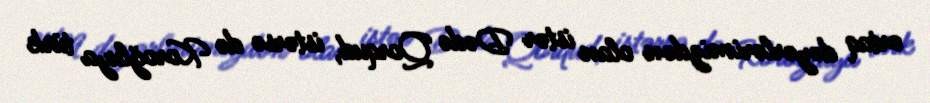
ortaq dəyərlərimizdən olan istər Dədə Qorqud, istərsə də Koroğluya türk